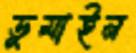
ডুমাইন